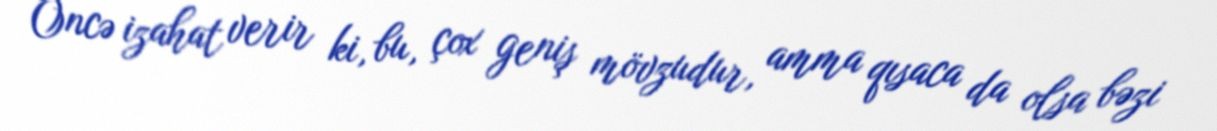
Öncə izahat verir ki, bu, çox geniş mövzudur, amma qısaca da olsa bəzi